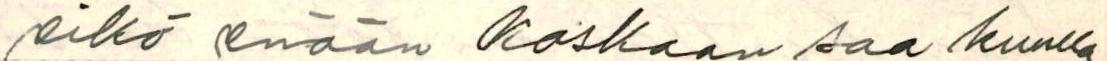
eikö enään koskaan saa kuulla